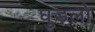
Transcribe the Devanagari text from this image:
घुड़लो